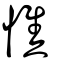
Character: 憔